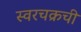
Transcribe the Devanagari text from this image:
स्वरचक्रची